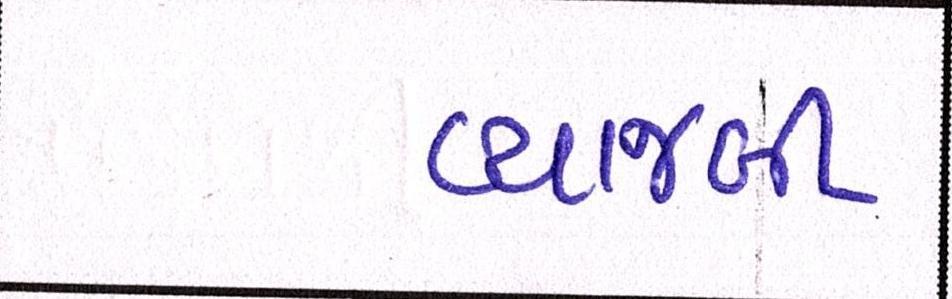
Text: વ્યાજબી